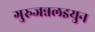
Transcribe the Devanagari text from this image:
गुरुजन्नलइयुन